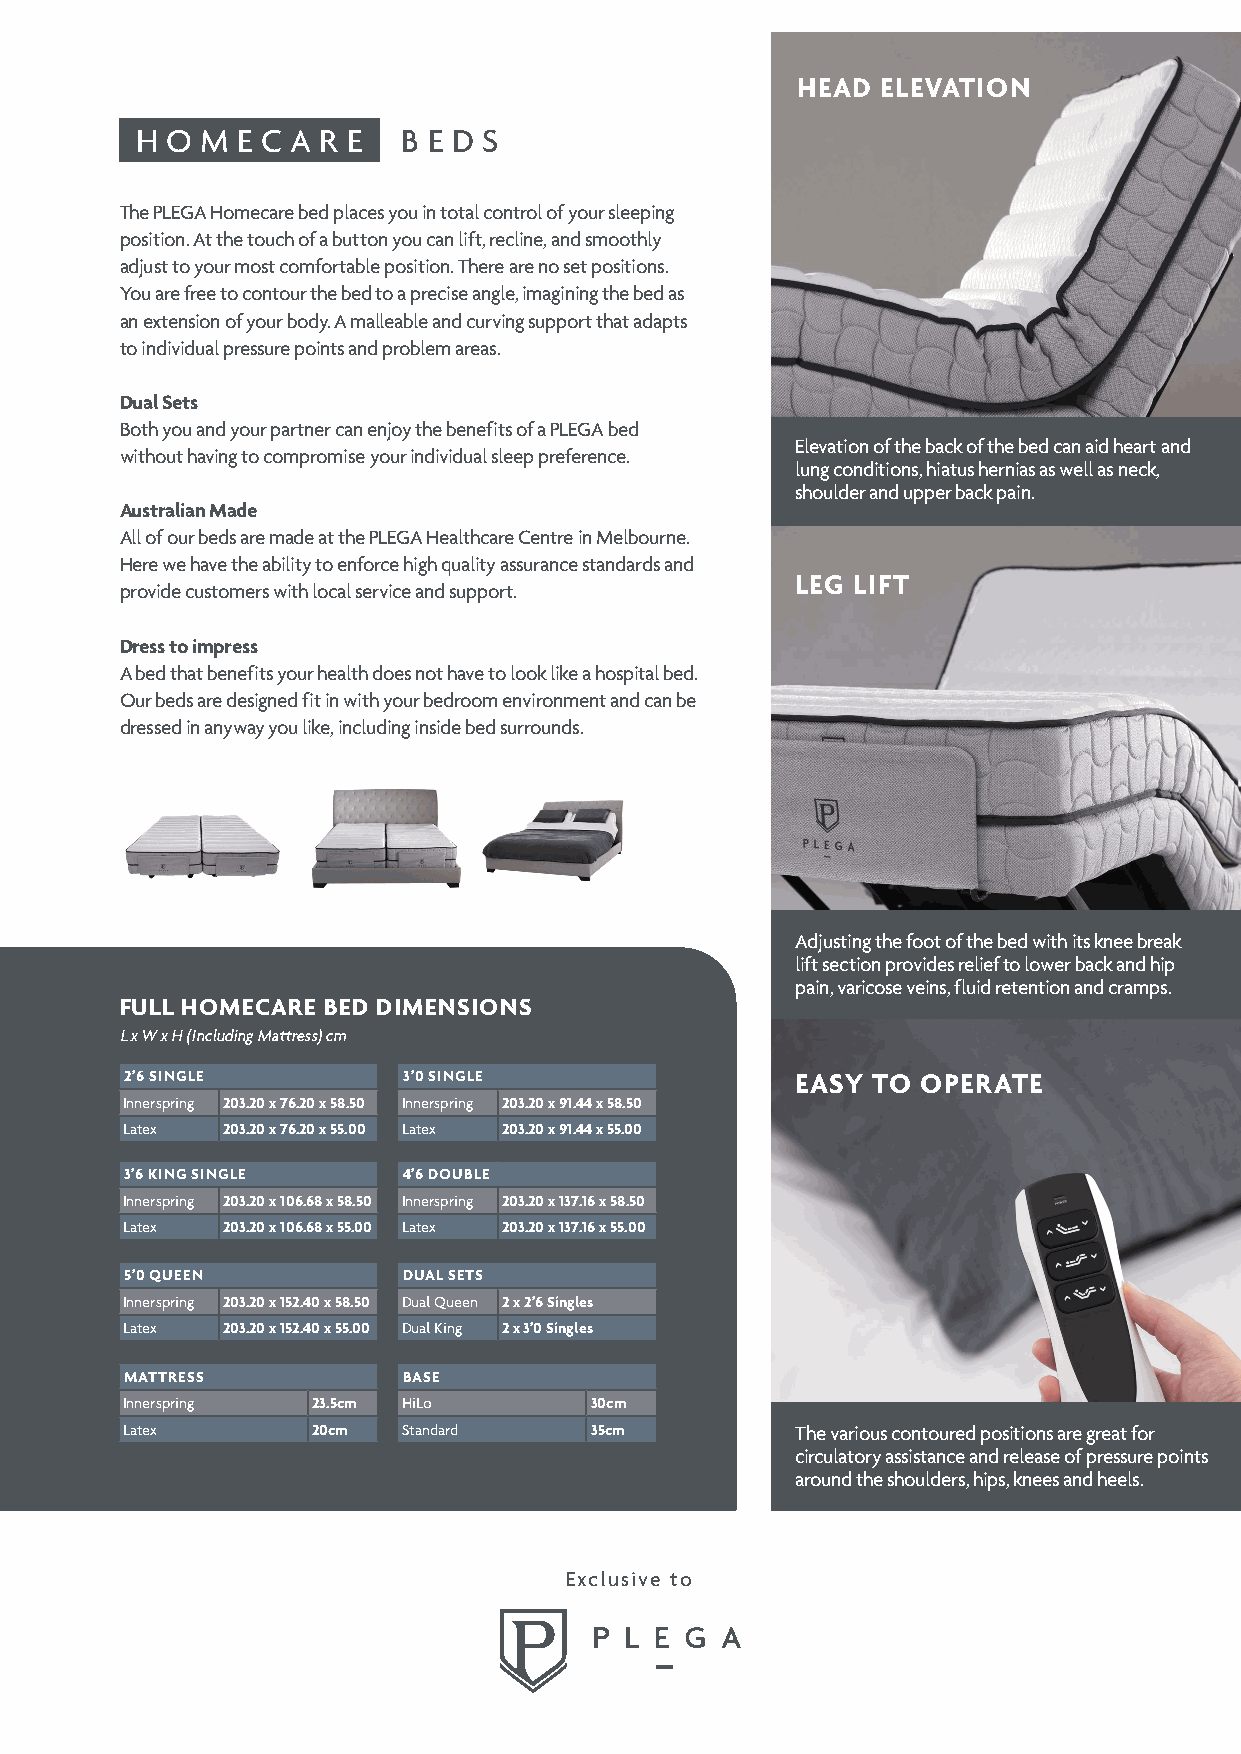
HEAD ELEVATION
 H O M  E C A R E  B E D S
 The PLEGA Homecare bed places you in total control of your sleeping
 position. At the touch of a button you can lift, recline, and smoothly
 adjust to your most comfortable position. There are no set positions.
 You are free to contour the bed to a precise angle, imagining the bed as
 an extension of your body. A malleable and curving support that adapts
 to individual pressure points and problem areas.
 Dual Sets
 Both you and your partner can enjoy the benefits of a PLEGA bed
 Elevation of the back of the bed can aid heart and
 without having to compromise your individual sleep preference.
 lung conditions, hiatus hernias as well as neck,
 shoulder and upper back pain.
 Australian Made
 All of our beds are made at the PLEGA Healthcare Centre in Melbourne.
 Here we have the ability to enforce high quality assurance standards and
 LEG LIFT
 provide customers with local service and support.
 Dress to impress
 A bed that benefits your health does not have to look like a hospital bed.
 Our beds are designed fit in with your bedroom environment and can be
 dressed in anyway you like, including inside bed surrounds.
 Adjusting the foot of the bed with its knee break
 lift section provides relief to lower back and hip
 pain, varicose veins, fluid retention and cramps.
 FULL HOMECARE BED DIMENSIONS
 L x W x H (Including Mattress) cm
 2’6 SINGLE         3’0 SINGLE                EASY TO OPERATE
 Innerspring 203.20 x 76.20 x 58.50 Innerspring 203.20 x 91.44 x 58.50
 Latex  203.20 x 76.20 x 55.00 Latex 203.20 x 91.44 x 55.00
 3’6 KING SINGLE    4’6 DOUBLE
 Innerspring 203.20 x 106.68 x 58.50 Innerspring 203.20 x 137.16 x 58.50
 Latex  203.20 x 106.68 x 55.00 Latex 203.20 x 137.16 x 55.00
 5’0 QUEEN          DUAL SETS
 Innerspring 203.20 x 152.40 x 58.50 Dual Queen 2 x 2’6 Singles
 Latex  203.20 x 152.40 x 55.00 Dual King 2 x 3’0 Singles
 MATTRESS           BASE
 Innerspring  23.5cm HiLo       30cm
 Latex        20cm  Standard    35cm          The various contoured positions are great for
 circulatory assistance and release of pressure points
 around the shoulders, hips, knees and heels.
 Exclusive to